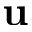
\bf u